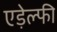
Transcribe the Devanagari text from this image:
एड़ेल्फी